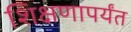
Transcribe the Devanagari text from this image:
शिक्षणापर्यंत